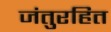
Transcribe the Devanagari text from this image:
जंतुरहित